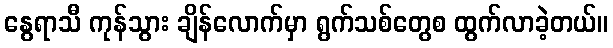
နွေရာသီ ကုန်သွား ချိန်လောက်မှာ ရွက်သစ်တွေစ ထွက်လာခဲ့တယ်။